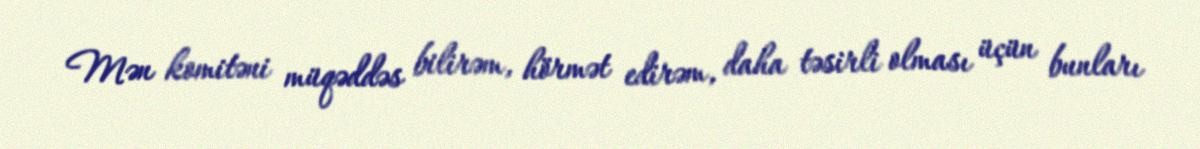
Mən komitəni müqəddəs bilirəm, hörmət edirəm, daha təsirli olması üçün bunları